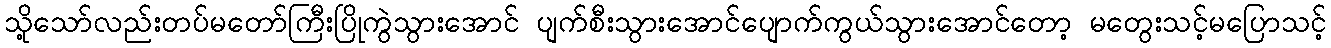
သို့သော်လည်းတပ်မတော်ကြီးပြိုကွဲသွားအောင် ပျက်စီးသွားအောင်ပျောက်ကွယ်သွားအောင်တော့ မတွေးသင့်မပြောသင့်